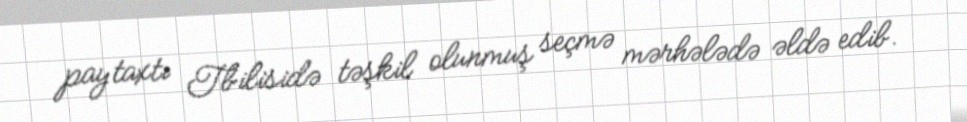
paytaxtı Tbilisidə təşkil olunmuş seçmə mərhələdə əldə edib.